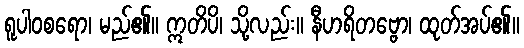
ရူပါဝစရော၊ မည်၏။ ဣတိပိ၊ သို့လည်း။ နီဟရိတဗ္ဗော၊ ထုတ်အပ်၏။